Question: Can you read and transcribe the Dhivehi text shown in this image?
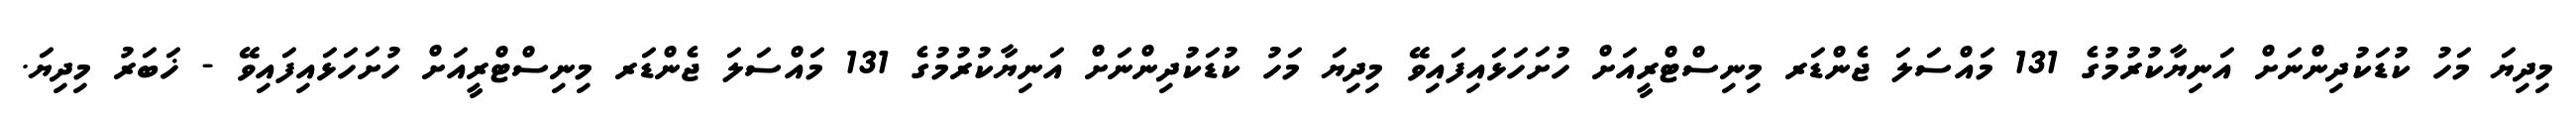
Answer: މިދިޔަ މަހު ކުޑަކުދިންނަށް އަނިޔާކުރުމުގެ 131 މައްސަލަ ޖެންޑަރ މިނިސްޓްރީއަށް ހުށަހަޅައިފައިވޭ މިދިޔަ މަހު ކުޑަކުދިންނަށް އަނިޔާކުރުމުގެ 131 މައްސަލަ ޖެންޑަރ މިނިސްޓްރީއަށް ހުށަހަޅައިފައިވޭ - ޚަބަރު މިދިޔަ.